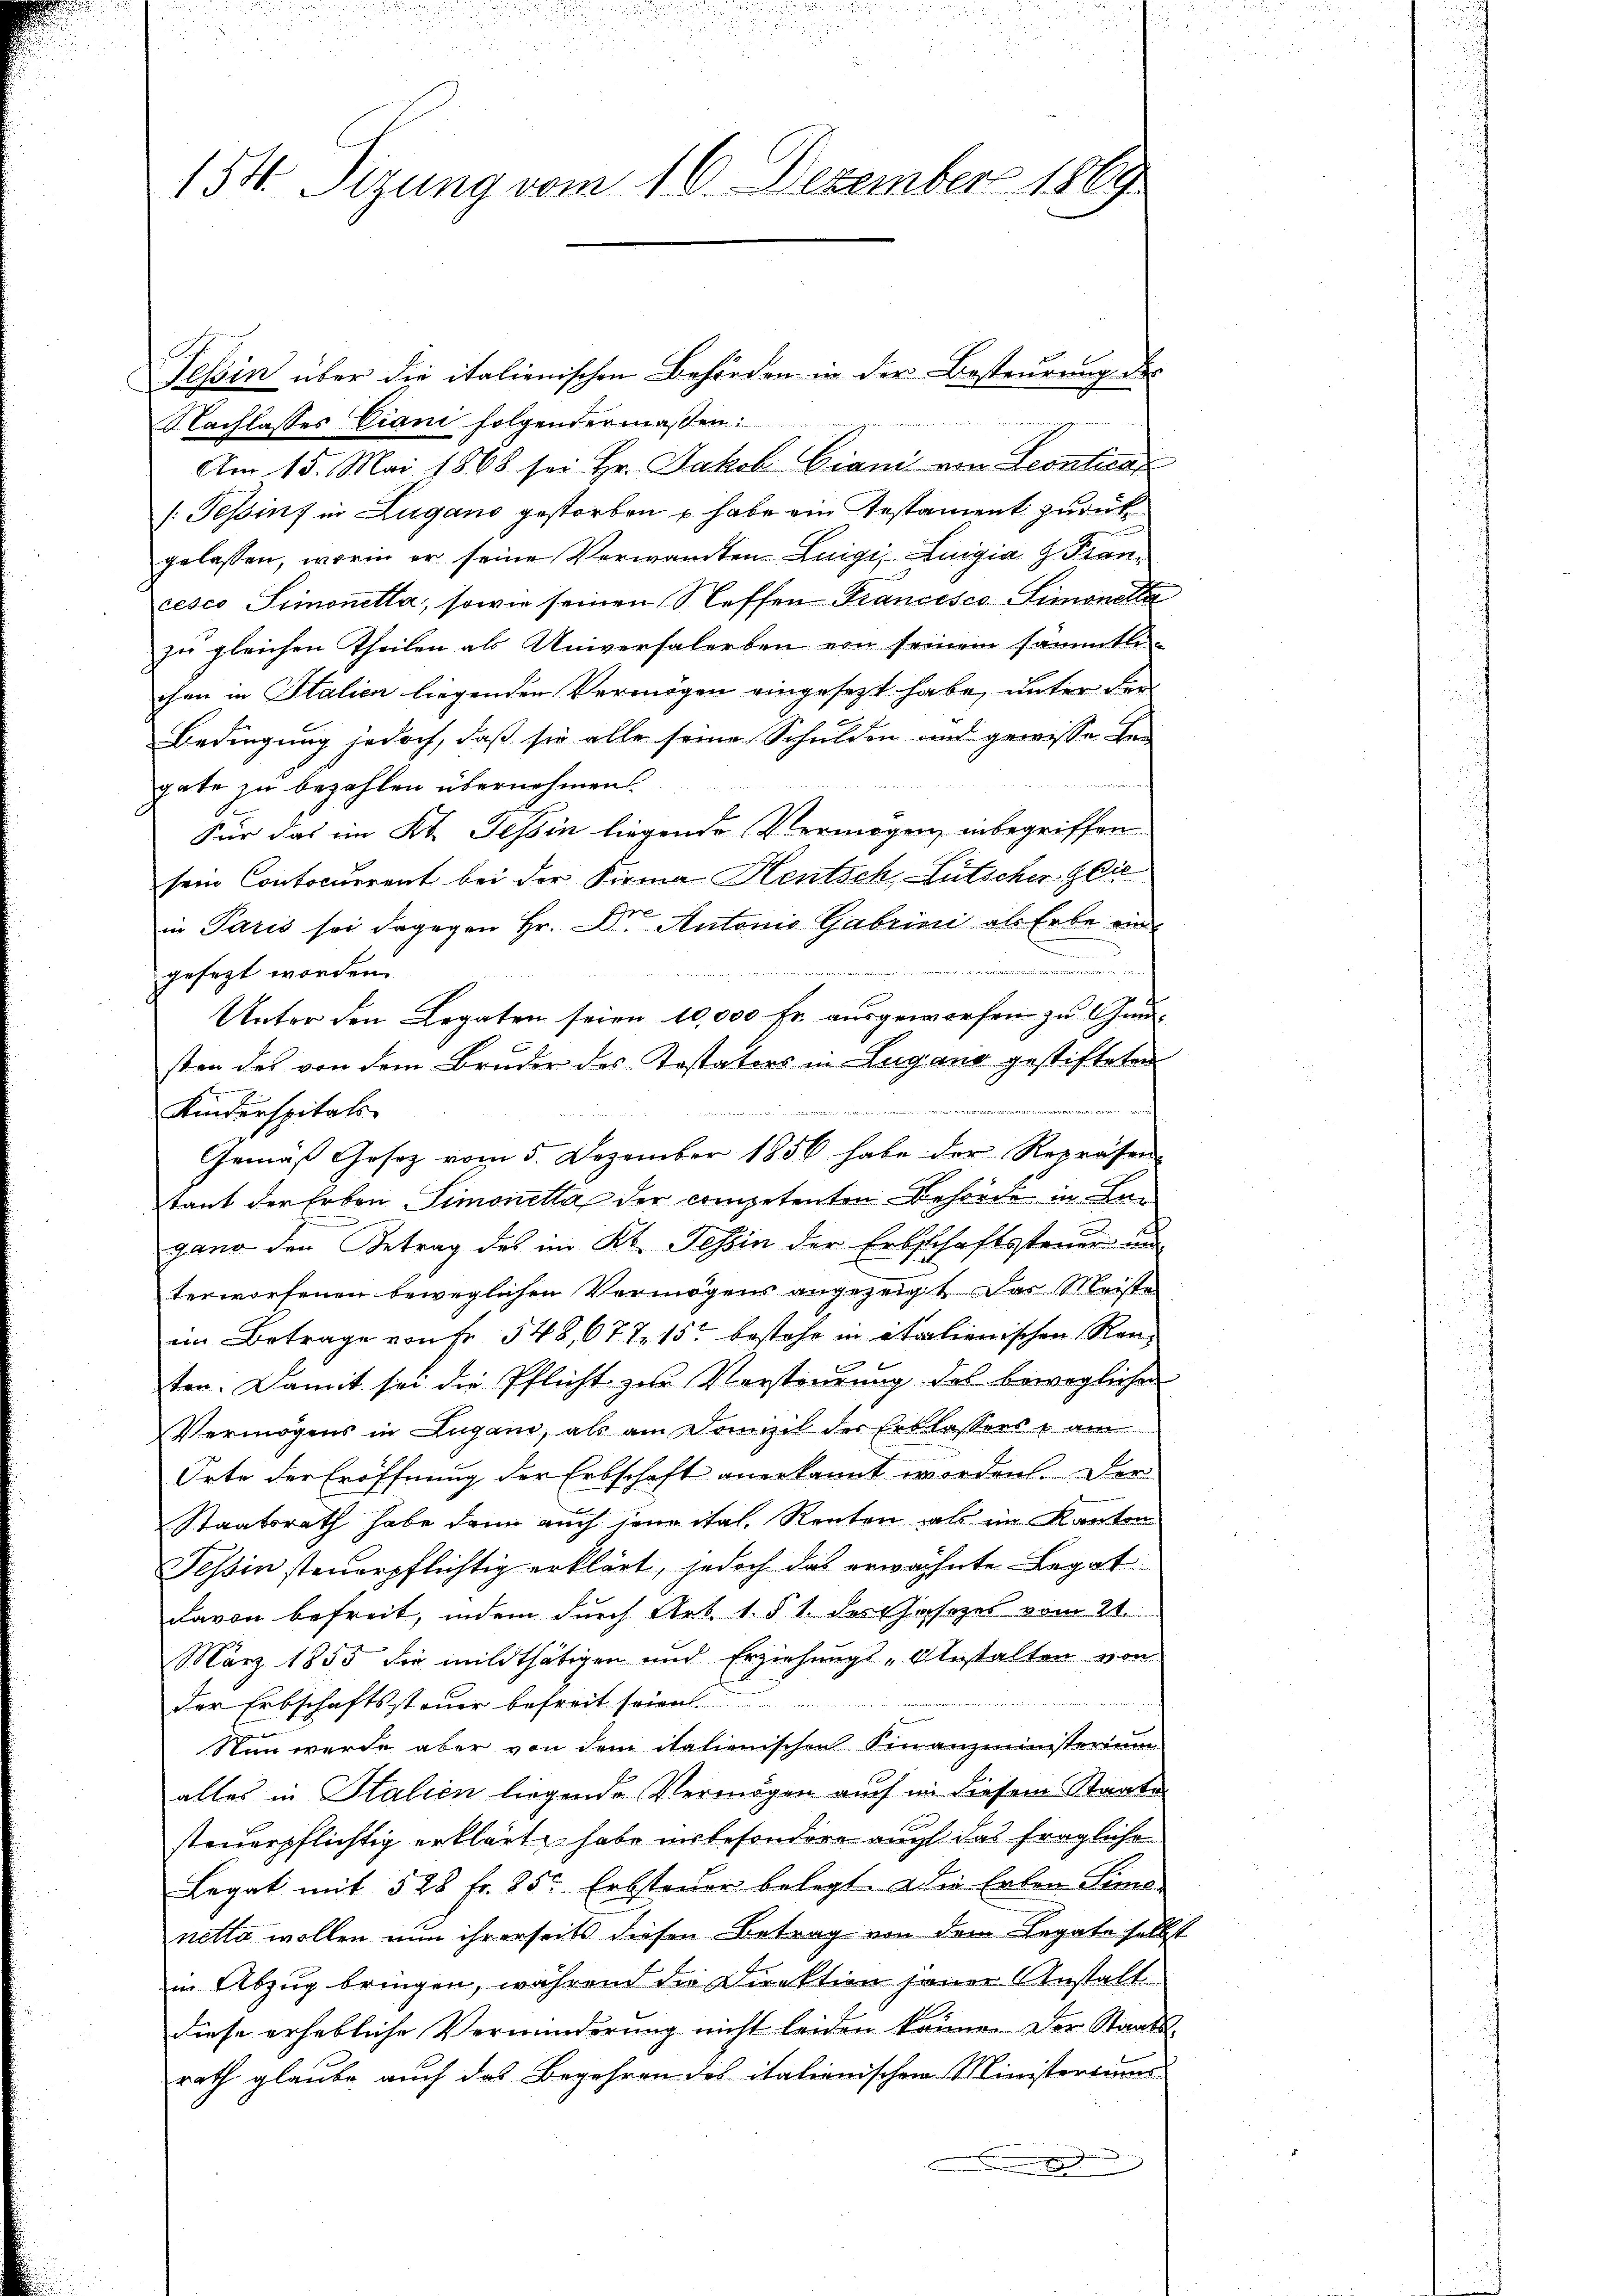
154. Sizung vom 16. Dezember 1869.

Tessin über die italienischen Behörden in der Besteurung des
Nachlasses Ciani folgendermaßen:
Am 15. Mai 1868 sei Hr. Jakob Ciani von Leontins
/: Tessins in Zugano gestorben u. habe ein Testament zurück
gelassen, worin er seine Verwandten Luigi, Luigia H. Prancesco Simonetta, sowie seinen Steffen Francesco-Limonette
zu gleichen Theilen als Universalerben von seinem sämmtlichen in Italien liegenden Vermögen eingesezt habe, unter den
Bedingung jedoch, daß sie alle seine Schulden und gewisse Be-
gate zu bezahlen übernehmen
Für das im Kt. Tessin liegende Vermögen, inbegriffen.
sein Contocurrent bei der Firma Hentsch, Lutscher Gläin Paris sei dagegen Hr. Dr. Autonis Gabrini als Erbe ein
.

gesezt worden.
Unter den Legaten seien 10,000 Er ausgeworfen zu Gunsten des von dem Bruder des Testators in Lugano gestifteten
mit
un, eine und einem ein gan
Kinderspitals
Gemäß Gesetz vom 5. Dezember 1856 habe der Repräsen
tant der Erben Simonetta der competenten Behörde in Lan
gang den Betrag des im Kt. Tessin der Erbschaftssteuer un
terworfenen beweglichen Vermögens angezeigt das Meiste
im Betrage von Fr. 548, 677. 15 bestehe in italienischen Renten. Damit sei die Pflicht zur Versteurung des bewegliche
Vermögens in Lugano, als am Domizil des Erblassens am
Orte der Eröffnung der Erbschaft anerkannt worden. Der
Staatsrath habe dann auch jene ital. Renten als im Kanton
Tessin steuerpflichtig erklärt, jedoch das erwähnte Legat
davon befreit, indem durch Art. 1 § 1 des Jasezes vom 21.
März 1855 die mildthätigen und Erziehungs-Anstalten von
der Erbschaftssteuer befreit seien.
Nun werde aber von dem italienischen Finanzministerium
alles in Italien liegende Vermögen auch in diesem Staate
steuerpflichtig erklärt, habe unbesondere auch das fragliche
Legat mit 528 fr. 25t Erbsteŭer belegt. Die Erben Seme
netta wollen nun ihrerseits diesen Betrag von dem Legate selbst
in Abzug bringen, während die Direktion jener Anstalt
diese erhebliche Verminderung nicht leiden könne. Der Staatsrath glaube auch das Begehren des italienischen Ministeriums
x